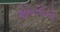
એકટરોનો